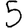
Digit: 5